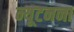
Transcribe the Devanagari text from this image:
न्यूटनना